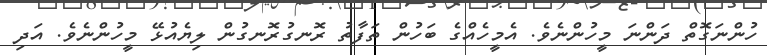
ހުންނަގޮތް ދަންނަ މީހުންނެވެ. އެމީހެއްގެ ބަހުން ތަފާތު ރޮނގުރޮނގުން ލިޔެއުޅޭ މީހުންނެވެ. އަދި